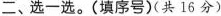
二、选一选。(填序号) (共16分)